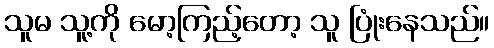
သူမ သူ့ကို မော့ကြည့်တော့ သူ ပြုံးနေသည်။